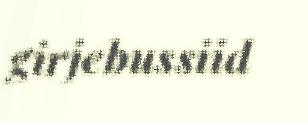
girjebussiid